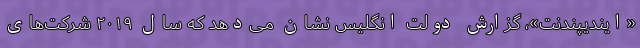
«ایندیپندنت»، گزارش دولت انگلیس نشان می‌دهد که سال ۲۰۱۹ شرکت‌های